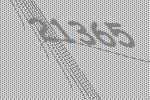
21365